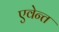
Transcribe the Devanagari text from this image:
एवेन्त